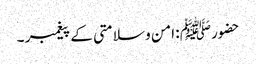
حضورﷺ : امن و سلامتی کے پیغمبر ۔